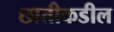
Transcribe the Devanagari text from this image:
छातीकडील